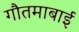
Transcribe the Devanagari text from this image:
गौतमाबाई